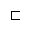
\sqsubset